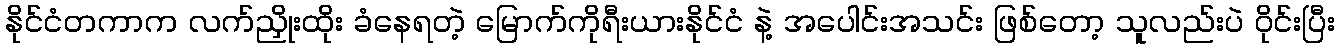
နိုင်ငံတကာက လက်ညှိုးထိုး ခံနေရတဲ့ မြောက်ကိုရီးယားနိုင်ငံ နဲ့ အပေါင်းအသင်း ဖြစ်တော့ သူလည်းပဲ ဝိုင်းပြီး